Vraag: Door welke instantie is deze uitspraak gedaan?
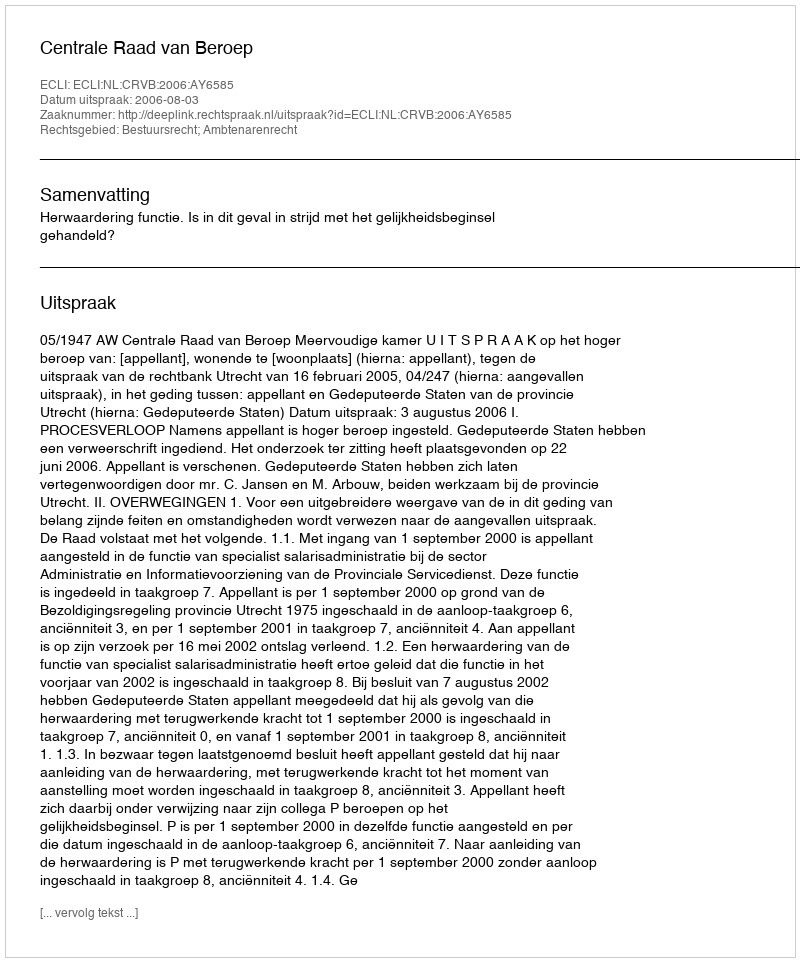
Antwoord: Centrale Raad van Beroep